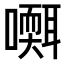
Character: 𡂩